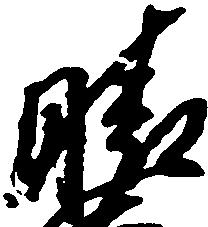
晴